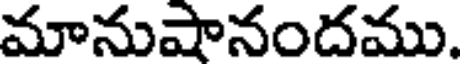
మానుషానందము.